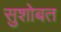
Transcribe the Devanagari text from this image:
सुशोबत